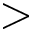
>